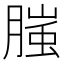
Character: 𭩂